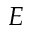
E